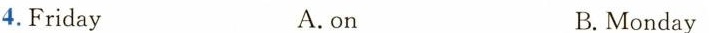
4.Friday A.on B. Monday